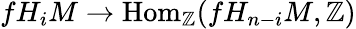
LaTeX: fH_{i}M\to\mathrm{Hom}_{\mathbb{Z}}(fH_{n-i}M,\mathbb{Z})